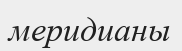
меридианы